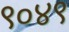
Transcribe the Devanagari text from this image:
९०४९